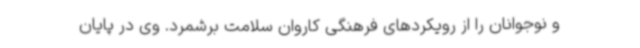
و نوجوانان را از رویکردهای فرهنگی کاروان سلامت برشمرد. وی در پایان